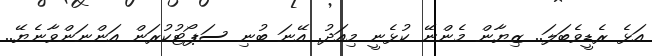
އަޅެ ރެޑީވެބަލަ.. ޒިޔާން މެންނޭ ކުޅެނީ މިއަދު. އޭނަ ބުނި ސަޕޯޓުކުރަން އަންނަންވާނެޔޭ..